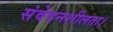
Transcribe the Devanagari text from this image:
संवेदनशीलता।